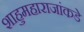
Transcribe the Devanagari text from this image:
शाहुमहाराजांकडे